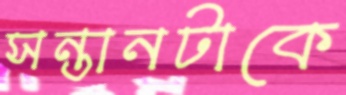
সন্তানটাকে